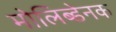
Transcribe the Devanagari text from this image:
मोलिब्डेनक